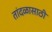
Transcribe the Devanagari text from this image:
तांदळासाठी